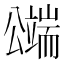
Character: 𱏸